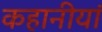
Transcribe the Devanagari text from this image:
कहानीयां